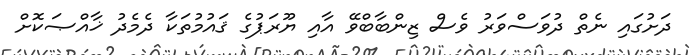
ދަށުގައި ނެތް ދުވަސްވަރު ވެސް ޒިންބާބްވޭ އާއި ޔޫރަޕުގެ ޤައުމުތަކާ ދެމެދު ޚާއްޞަކޮށް